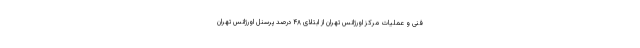
فنی و عملیات مرکز اورژانس تهران از ابتلای ۴۸ درصد پرسنل اورژانس تهران